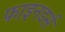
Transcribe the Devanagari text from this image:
फाइनडर्स